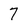
Character: 7